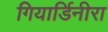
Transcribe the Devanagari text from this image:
गियार्डिनीरा